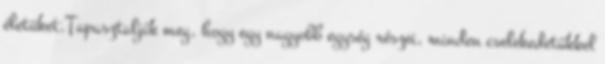
életüket.Tapasztalják meg, hogy egy nagyobb egység részei, minden cselekedetükkel